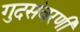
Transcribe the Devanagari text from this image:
गुदसंवरणी